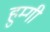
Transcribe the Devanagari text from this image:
हुम्गी